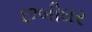
છબીઘર